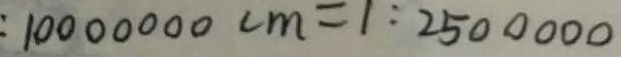
1 0 0 0 0 0 0 0 c m = 1 : 2 5 0 0 0 0 0